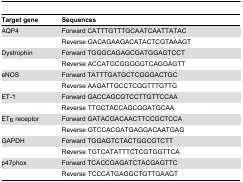
| Target gene | Sequences |
 | --- | --- |
 | AQP4 | Forward CATTTGTTTGCAATCAATTATAC |
 |  | Reverse GACAGAAGACATACTCGTAAAGT |
 | Dystrophin | Forward TGGGCAGAGCGATGGAGTCCT |
 |  | Reverse ACCATGCGGGGGTCAGGAGTT |
 | eNOS | Forward TATTTGATGCTCGGGACTGC |
 |  | Reverse AAGATTGCCTCGGTTTGTTG |
 | ET-1 | Forward GACCAGCGTCCTTGTTCCAA |
 |  | Reverse TTGCTACCAGCGGATGCAA |
 | ETB receptor | Forward GATACGACAACTTCCGCTCCA |
 |  | Reverse GTCCACGATGAGGACAATGAG |
 | GAPDH | Forward TGGAGTCTACTGGCGTCTT |
 |  | Reverse TGTCATATTTCTCGTGGTTCA |
 | p47phox | Forward TCACCGAGATCTACGAGTTC |
 |  | Reverse TCCCATGAGGCTGTTGAAGT |